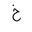
Letter: _kha